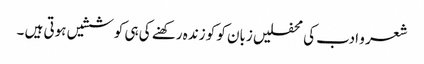
شعر و ادب کی محفلیں زبان کو کو زندہ رکھنے کی ہی کوششیں ہوتی ہیں ۔